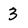
Character: 3